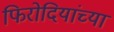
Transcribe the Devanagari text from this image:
फिरोदियांच्या